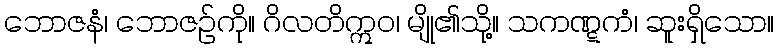
ဘောဇနံ၊ ဘောဇဉ်ကို။ ဂိလတိဣဝ၊ မျို၏သို့။ သကဏ္ဋကံ၊ ဆူးရှိသော။